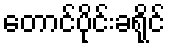
တောင်ပိုင်းခရိုင်